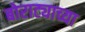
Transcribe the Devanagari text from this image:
बोराट्याच्या